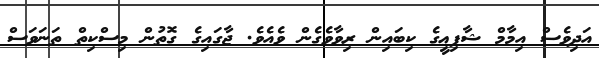
އަދިވެސް އިމާމް ޝާފިޢީގެ ކިބައިން ރިވާވެގެން ވެއެވެ. ޖާގައިގެ ގޮތުން މިސްކިތް ތަނަވަސް